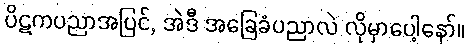
ပိဋကပညာအပြင်, အဲဒီ အခြေခံပညာလဲ လိုမှာပေါ့နော်။